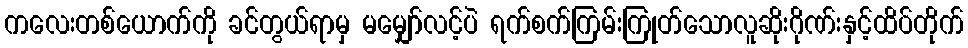
ကလေးတစ်ယောက်ကို ခင်တွယ်ရာမှ မမျှော်လင့်ပဲ ရက်စက်ကြမ်းကြုတ်သောလူဆိုးဂိုဏ်းနှင့်ထိပ်တိုက်